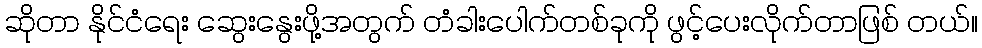
ဆိုတာ နိုင်ငံရေး ဆွေးနွေးဖို့အတွက် တံခါးပေါက်တစ်ခုကို ဖွင့်ပေးလိုက်တာဖြစ် တယ်။